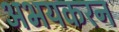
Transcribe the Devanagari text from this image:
अभयकरन